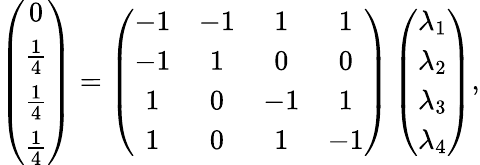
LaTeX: \left(\begin{array}{c}{0}\\ {\frac{1}{4}}\\ {\frac{1}{4}}\\ {\frac{1}{4}}\end{array}\right)=\left(\begin{array}{cccc}{-1}&{-1}&{1}&{1}\\ {-1}&{1}&{0}&{0}\\ {1}&{0}&{-1}&{1}\\ {1}&{0}&{1}&{-1}\end{array}\right)\left(\begin{array}{c}{\lambda_{1}}\\ {\lambda_{2}}\\ {\lambda_{3}}\\ {\lambda_{4}}\end{array}\right),